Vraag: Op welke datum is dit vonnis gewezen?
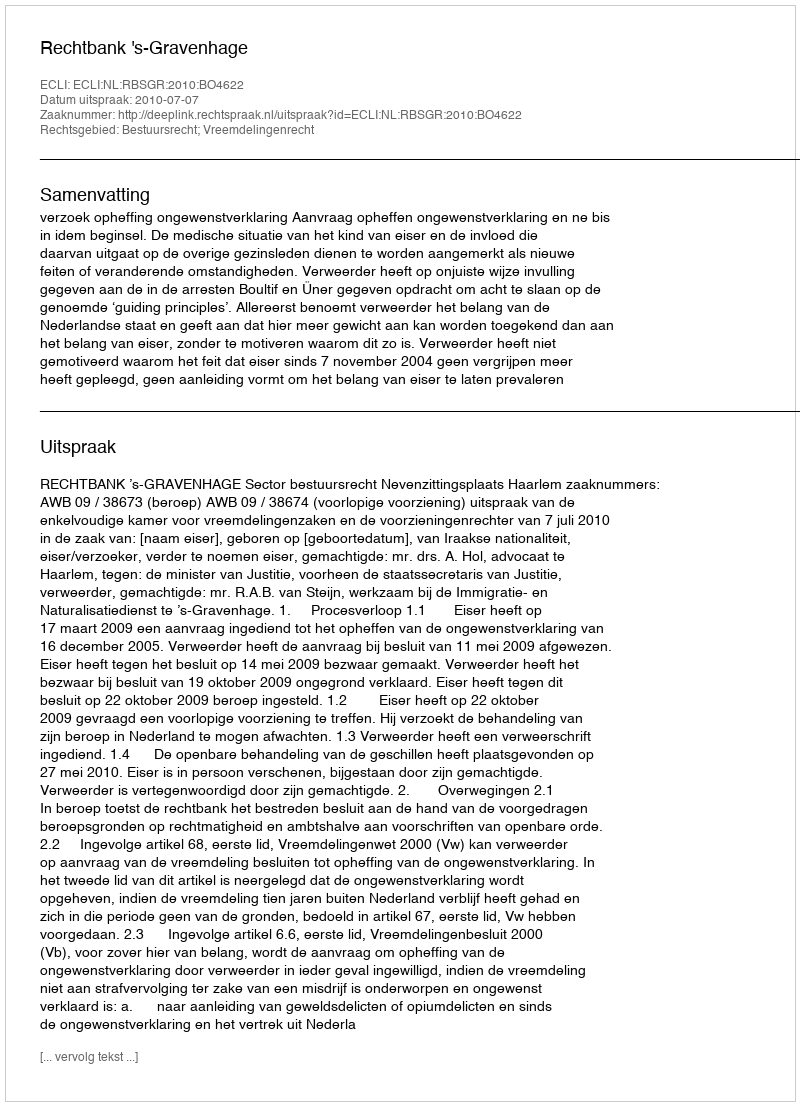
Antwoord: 2010-07-07